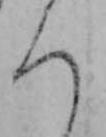
ろ